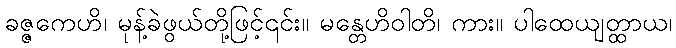
ခဇ္ဇကေဟိ၊ မုန့်ခဲဖွယ်တို့ဖြင့်၎င်း။ မန္တေဟိဝါတိ၊ ကား။ ပါထေယျတ္ထာယ၊